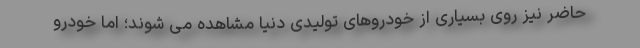
حاضر نیز روی بسیاری از خودروهای تولیدی دنیا مشاهده می شوند؛ اما خودرو